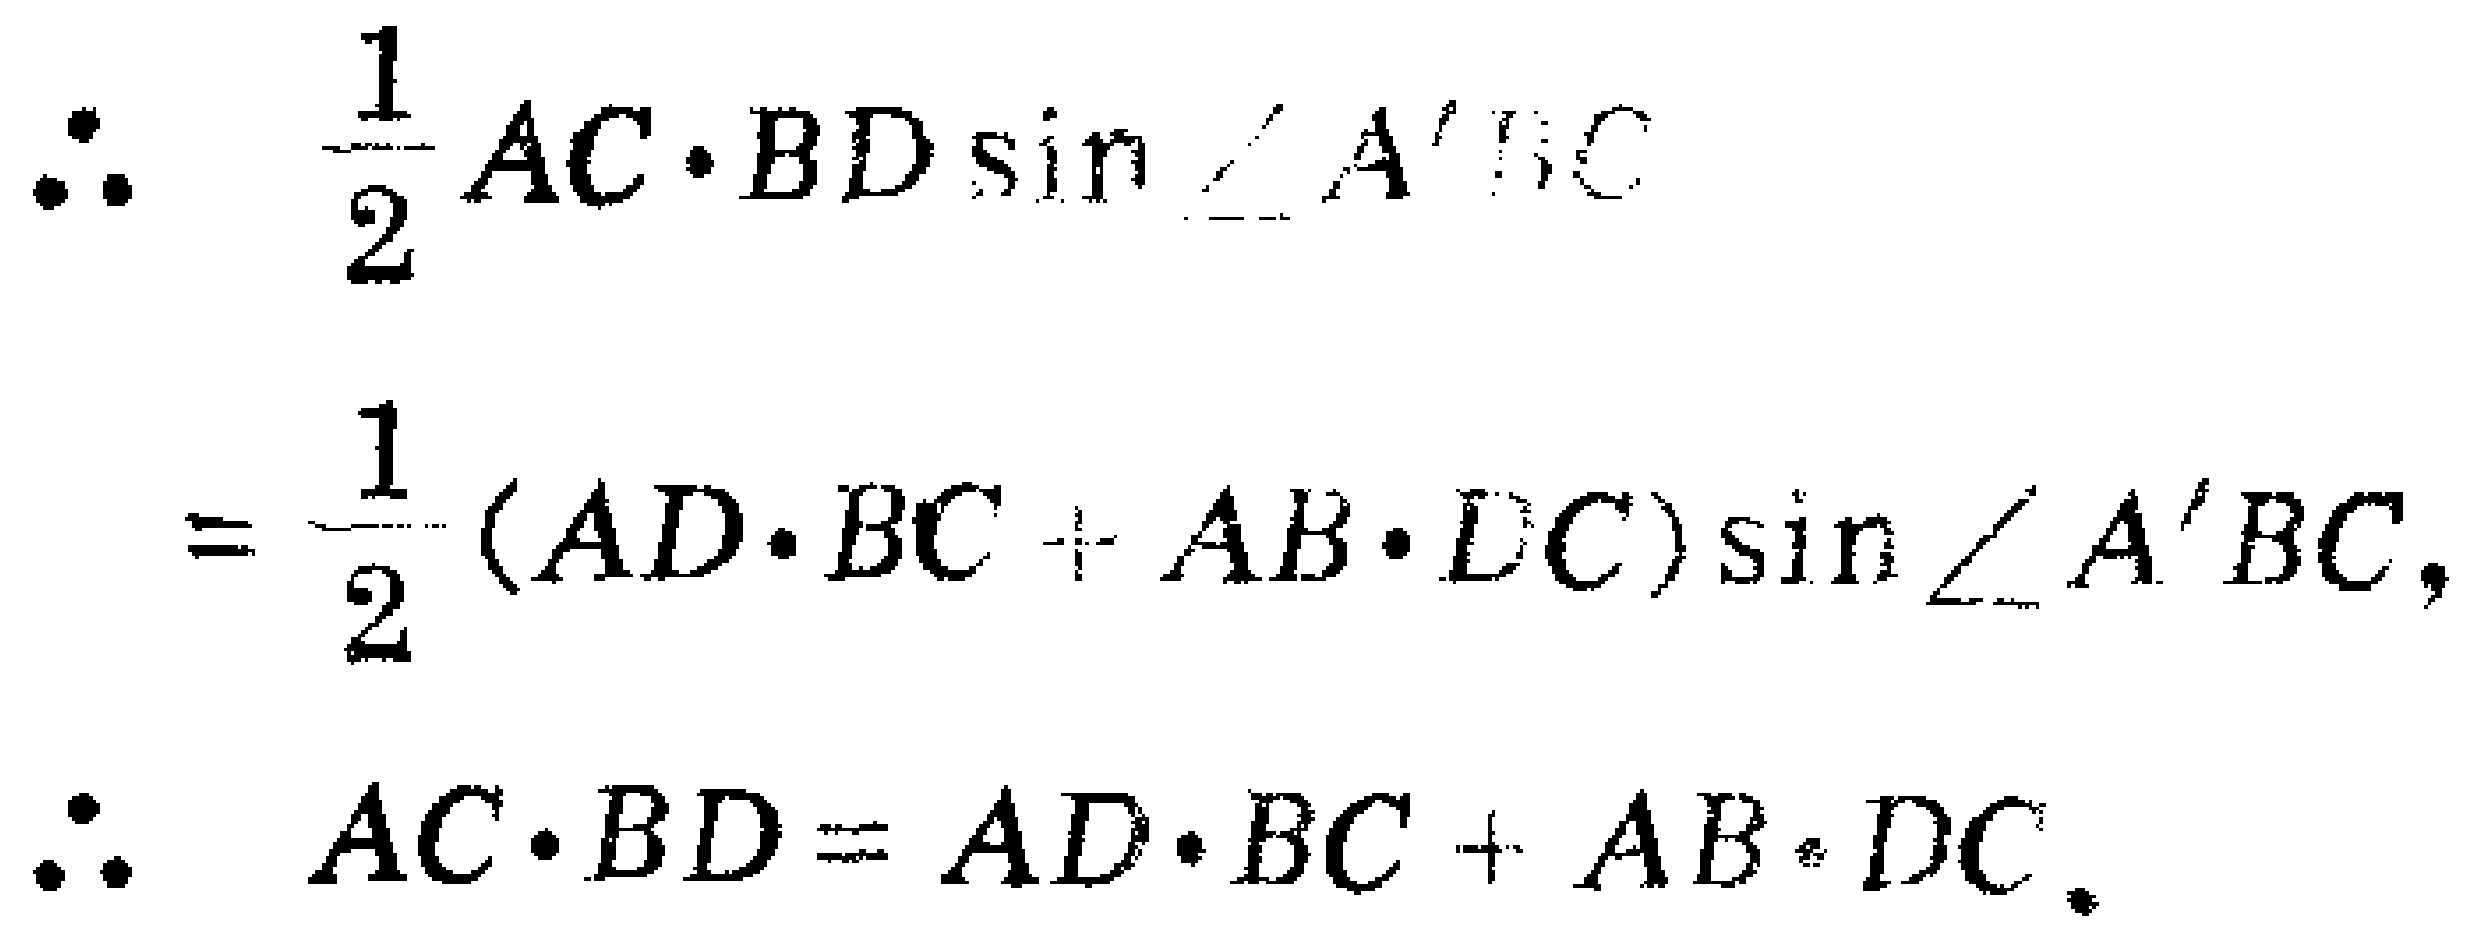
\[\begin{align*}
\therefore\quad&\frac{1}{2}AC\cdot BD\sin\angle A'BC\\
=&\frac{1}{2}(AD\cdot BC + AB\cdot DC)\sin\angle A'BC,\\
\therefore\quad&AC\cdot BD = AD\cdot BC + AB\cdot DC.
\end{align*}\]